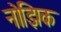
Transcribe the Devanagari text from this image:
नोझिक